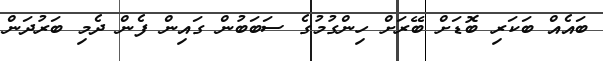
ބައެއް ބަކަރި ބޮޑަށް ބޭރަށް ހިންގުމުގެ ސަބަބުން ގައިން ފެން ދެމި ބަރުދަން